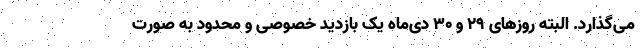
می‌گذارد. البته روزهای ۲۹ و ۳۰ دی‌ماه یک بازدید خصوصی و محدود به صورت